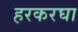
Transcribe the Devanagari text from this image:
हरकरघा